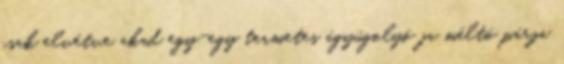
csak elvétve akad egy-egy termetes ágyúgolyó ja méltó párja